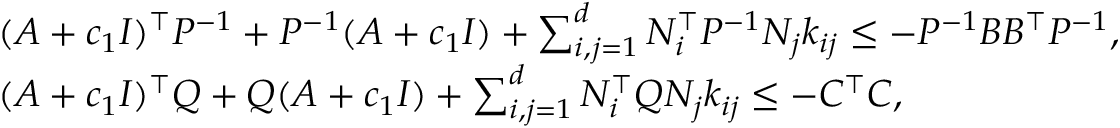
\begin{array} { r l } & { ( A + c _ { 1 } I ) ^ { \top } P ^ { - 1 } + P ^ { - 1 } ( A + c _ { 1 } I ) + \sum _ { i , j = 1 } ^ { d } N _ { i } ^ { \top } P ^ { - 1 } N _ { j } k _ { i j } \leq - P ^ { - 1 } B B ^ { \top } P ^ { - 1 } , } \\ & { ( A + c _ { 1 } I ) ^ { \top } Q + Q ( A + c _ { 1 } I ) + \sum _ { i , j = 1 } ^ { d } N _ { i } ^ { \top } Q N _ { j } k _ { i j } \leq - C ^ { \top } C , } \end{array}